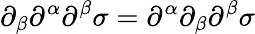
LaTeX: \partial_{\beta}\partial^{\alpha}\partial^{\beta}\sigma=\partial^{\alpha}\partial_{\beta}\partial^{\beta}\sigma